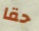
حقا